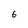
Character: 6